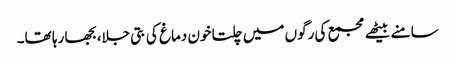
سامنے بیٹھے مجمع کی رگوں میں چلتا خون دماغ کی بتی جلا، بجھا رہا تھا۔